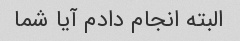
البته انجام دادم آیا شما